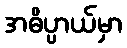
အဓိပ္ပာယ်မှာ